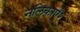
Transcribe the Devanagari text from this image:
नलिकाएँ२